Vaccination in the Punjab 1919-1929 - 1919-1929
Year: 1919
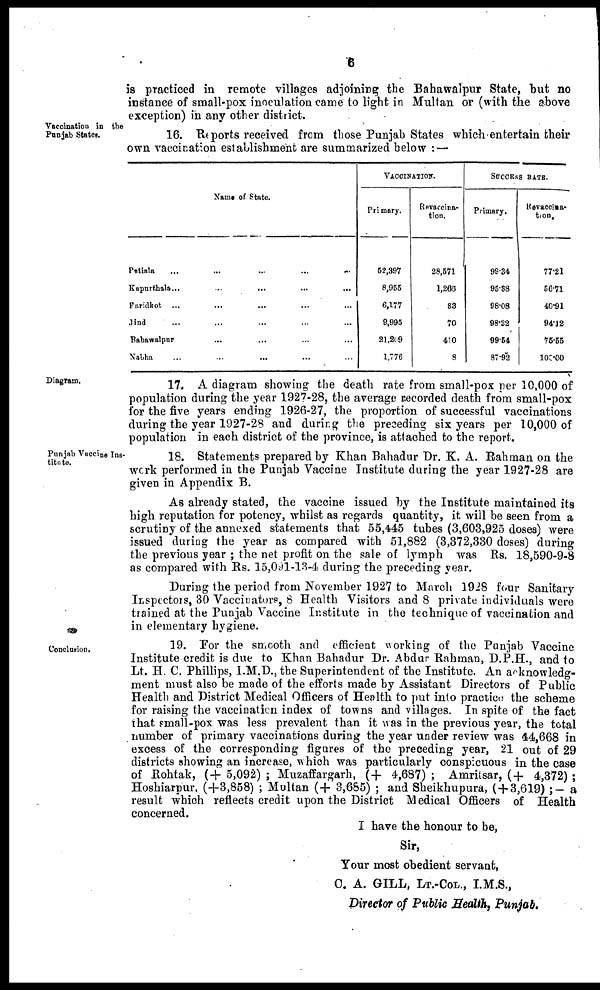
6
is practiced in remote villages adjoining the Bahawalpur State, but no
instance of small-pox inoculation came to light in Multan or (with the above
exception) in any other district.
Vaccination in the
Punjab States.
16. Reports received from those Punjab States which entertain their
own vaccination establishment are summarized below : —
Name of State.
Patiala
...
...
...
...
...
Kapurthala... ... ... ... ...
Faridkot ... ... ... ... ...
Jind ... ... ... ... ...
Bahawalpur ... ... ... ... ...
Nabha
...
...
... ... ...
VACCINATION.
Primary.
52,397
8,955
6,177
9,995
21,209
1,776
Revaccina¬
tion.
28,571
1,268
83
70
410
8
SUCCESS RATE.
Primary.
99.34
95.38
98.08
98.22
99.54
87,92
Revaccina¬
tion.
77.21
56.71
40.91
94.12
75.55
100.00
Diagram.
17. A diagram showing the death rate from small-pox per 10,000 of
population during the year 1927-28, the average recorded death from small-pox
for the five years ending 1926-27, the proportion of successful vaccinations
during the year 1927-28 and during the preceding six years per 10,000 of
population in each district of the province, is attached to the report.
Punjab Vaccine Ins¬
titute.
18. Statements prepared by Khan Bahadur Dr. K. A. Rahman on the
work performed in the Punjab Vaccine Institute during the year 1927-28 are
given in Appendix B.
As already stated, the vaccine issued by the Institute maintained its
high reputation for potency, whilst as regards quantity, it will be seen from a
scrutiny of the annexed statements that 55,445 tubes (3,603,925 doses) were
issued during the year as compared with 51,882 (3,372,330 doses) during
the previous year ; the net profit on the sale of lymph was Rs. 18,590-9-8
as compared with Rs. 15,091-13-4 during the preceding year.
During the period from November 1927 to March 1928 four Sanitary
Inspectors, 30 Vaccinators, 8 Health Visitors and 8 private individuals were
trained at the Punjab Vaccine Institute in the technique of vaccination and
in elementary hygiene.
Conclusion.
19. For the smooth and efficient working of the Punjab Vaccine
Institute credit is due to Khan Bahadur Dr. Abdur Rahman, D.P.H., and to
Lt. H. C. Phillips, I.M.D., the Superintendent of the Institute. An acknowledg-
ment must also be made of the efforts made by Assistant Directors of Public
Health and District Medical Officers of Health to put into practice the scheme
for raising the vaccination index of towns and villages. In spite of the fact
that small-pox was less prevalent than it was in the previous year, the total
number of primary vaccinations during the year under review was 44,668 in
excess of the corresponding figures of the preceding year, 21 out of 29
districts showing an increase, which was particularly conspicuous in the case
of Rohtak, ( + 5,092) ; Muzaffargarh, ( + 4,687) ; Amritsar, (+ 4,372) ;
Hoshiarpur, (+3,858) ; Multan (+ 3,685) ; and Sheikhupura, ( + 3,619) ;- a
result which reflects credit upon the District Medical Officers of Health
concerned.
I have the honour to be,
Sir,
Your most obedient servant,
C. A. GILL, LT.-COL., I.M.S.,
Director of Public Health, Punjab.